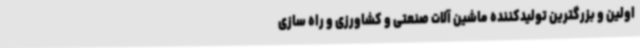
اولین و بزرگترین تولیدکننده ماشین آلات صنعتی و کشاورزی و راه سازی